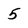
Character: 5